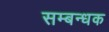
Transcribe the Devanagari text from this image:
सम्बन्धक